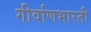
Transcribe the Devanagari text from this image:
गीर्वाणभारती